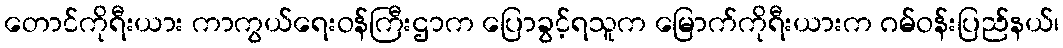
တောင်ကိုရီးယား ကာကွယ်ရေးဝန်ကြီးဌာက ပြောခွင့်ရသူက မြောက်ကိုရီးယားက ဂမ်ဝန်းပြည်နယ်၊